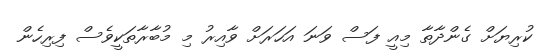
ކުރިޔަށް ގެންދާތާ މިއީ ފަސް ވަނަ އަހަރަށް ވާއިރު މި މުބާރާތަކީވެސް ފިރިހެން